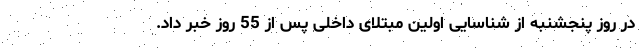
در روز پنجشنبه از شناسایی اولین مبتلای داخلی پس از 55 روز خبر داد.